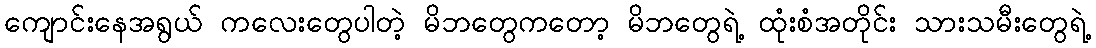
ကျောင်းနေအရွယ် ကလေးတွေပါတဲ့ မိဘတွေကတော့ မိဘတွေရဲ့ ထုံးစံအတိုင်း သားသမီးတွေရဲ့